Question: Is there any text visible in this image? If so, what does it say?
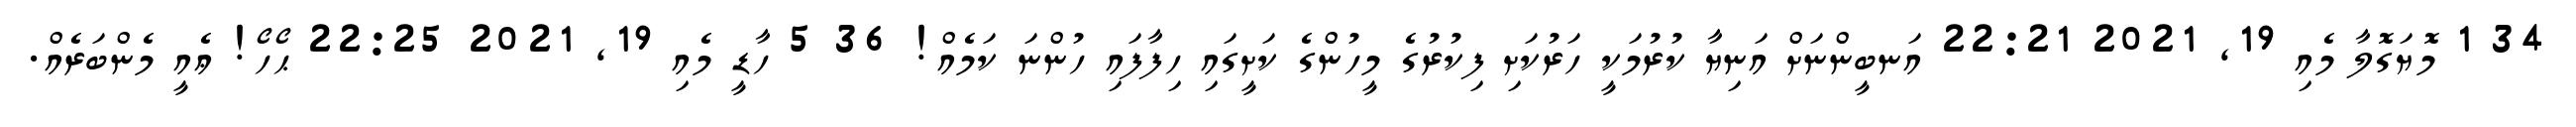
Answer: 34 1 މޮޔަގޮލާ މެއި 19, 2021 22:21 އަނބީންނަށް އަނިޔާ ކުރުމަކީ ހަރުކަށި ފިކުރުގެ މީހުންގެ ކަށީގައި ހިފާފައި ހުންނަ ކަމެއް! 36 5 ހާޑީ މެއި 19, 2021 22:25 ޙޯހޯ! ޢެއީ މެންބަރެއް.